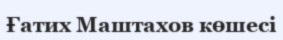
Ғатих Маштахов көшесі